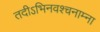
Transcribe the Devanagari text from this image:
तदीऽभिनवश्चनाम्ना